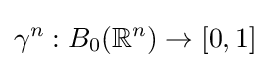
\gamma ^{n}:B_{0}(\mathbb {R} ^{n})\to [0,1]